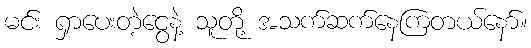
မင်း ရှာပေးတဲ့ငွေနဲ့ သူတို့ အသက်ဆက်နေကြတယ်နော်။